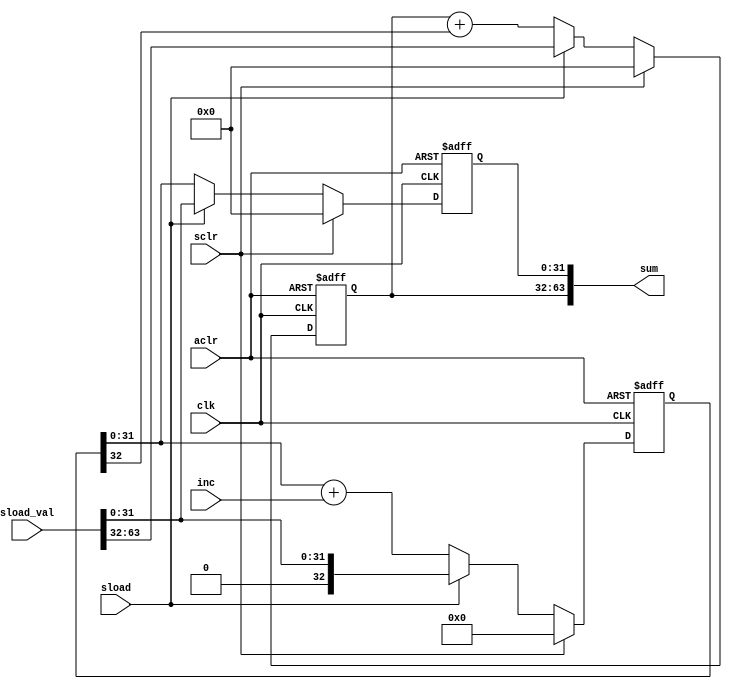
// (C) 2001-2016 Altera Corporation. All rights reserved.
// Your use of Altera Corporation's design tools, logic functions and other 
// software and tools, and its AMPP partner logic functions, and any output 
// files any of the foregoing (including device programming or simulation 
// files), and any associated documentation or information are expressly subject 
// to the terms and conditions of the Altera Program License Subscription 
// Agreement, Altera MegaCore Function License Agreement, or other applicable 
// license agreement, including, without limitation, that your use is for the 
// sole purpose of programming logic devices manufactured by Altera and sold by 
// Altera or its authorized distributors.  Please refer to the applicable 
// agreement for further details.


// $Id: $
// $Revision: $
// $Date: $
// $Author: $
//-----------------------------------------------------------------------------

// Copyright 2012 Altera Corporation. All rights reserved.  
// Altera products are protected under numerous U.S. and foreign patents, 
// maskwork rights, copyrights and other intellectual property laws.  
//
// This reference design file, and your use thereof, is subject to and governed
// by the terms and conditions of the applicable Altera Reference Design 
// License Agreement (either as signed by you or found at www.altera.com).  By
// using this reference design file, you indicate your acceptance of such terms
// and conditions between you and Altera Corporation.  In the event that you do
// not agree with such terms and conditions, you may not use the reference 
// design file and please promptly destroy any copies you have made.
//
// This reference design file is being provided on an "as-is" basis and as an 
// accommodation and therefore all warranties, representations or guarantees of 
// any kind (whether express, implied or statutory) including, without 
// limitation, warranties of merchantability, non-infringement, or fitness for
// a particular purpose, are specifically disclaimed.  By making this reference
// design file available, Altera expressly does not recommend, suggest or 
// require that this reference design file be used in combination with any 
// other product not provided by Altera.
/////////////////////////////////////////////////////////////////////////////

`timescale 1 ps / 1 ps
// baeckler - 11-08-2012
// pipelined loadable clearable accumulator 

module accum #(
	parameter WIDTH = 64,	// must be even, and sized for a /2 adder pipeline to make sense.
							// overkill below 32, insufficient beyond ~128
	parameter INC_WIDTH = 16    // at most WIDTH/2
)(
	input clk,
	input aclr,
	input sclr,
	input sload,
	input [WIDTH-1:0] sload_val,
	input [INC_WIDTH-1:0] inc,
	output [WIDTH-1:0] sum
);

reg [WIDTH/2:0] cume_lower = {(WIDTH/2+1){1'b0}} /* synthesis preserve */;
reg [WIDTH/2-1:0] cume_upper = {(WIDTH/2){1'b0}} /* synthesis preserve */;
reg [WIDTH/2-1:0] cume_lower_d = {(WIDTH/2){1'b0}} /* synthesis preserve */;

always @(posedge clk or posedge aclr) begin
	if (aclr) begin
		cume_lower <= {(WIDTH/2+1){1'b0}};
		cume_lower_d <= {(WIDTH/2){1'b0}};
		cume_upper <= {(WIDTH/2){1'b0}};
	end
	else begin
		if (sclr) begin
			cume_lower <= {(WIDTH/2+1){1'b0}};
			cume_lower_d <= {(WIDTH/2){1'b0}};
			cume_upper <= {(WIDTH/2){1'b0}};
		end 
		else if (sload) begin
			cume_lower <= {1'b0,sload_val[(WIDTH/2)-1:0]};
			cume_lower_d <= sload_val[(WIDTH/2)-1:0];
			cume_upper <= sload_val[WIDTH-1:WIDTH/2];
		end
		else begin
			cume_lower <= {1'b0,cume_lower[WIDTH/2-1:0]} + inc;
			cume_lower_d <= cume_lower[WIDTH/2-1:0];
			cume_upper <= cume_upper + cume_lower[WIDTH/2];
		end	
	end	
end

assign sum = {cume_upper,cume_lower_d};

endmodule

// BENCHMARK INFO :  5SGXEA7N2F45C2
// BENCHMARK INFO :  Max depth :  5.2 LUTs
// BENCHMARK INFO :  Total registers : 97
// BENCHMARK INFO :  Total pins : 148
// BENCHMARK INFO :  Total virtual pins : 0
// BENCHMARK INFO :  Total block memory bits : 0
// BENCHMARK INFO :  Comb ALUTs :                         ; 67              ;       ;
// BENCHMARK INFO :  ALMs : 51 / 234,720 ( < 1 % )
// BENCHMARK INFO :  Worst setup path @ 468.75MHz : 0.651 ns, From cume_lower[20], To cume_lower[32]}
// BENCHMARK INFO :  Worst setup path @ 468.75MHz : 0.704 ns, From cume_lower[24], To cume_lower[32]}
// BENCHMARK INFO :  Worst setup path @ 468.75MHz : 0.643 ns, From cume_lower[20], To cume_lower[32]}